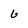
Character: 6